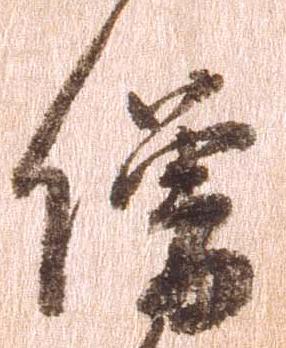
僧